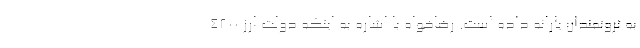
به ثروتمندان یارانه داده است. رضاخواه با اشاره به اینکه دولت ارز ۴۲۰۰